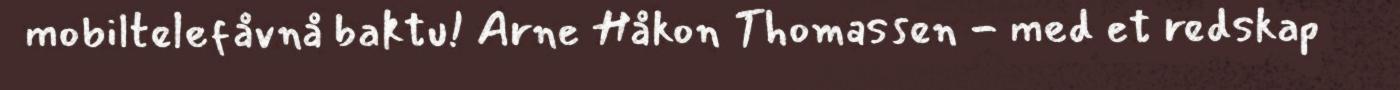
mobiltelefåvnå baktu! Arne Håkon Thomassen - med et redskap